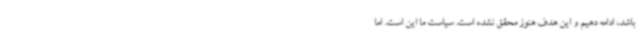
باشد، ادامه دهیم و این هدف هنوز محقق نشده است. سیاست ما این است. اما